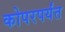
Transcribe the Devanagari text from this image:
कोपरपर्यंत